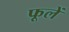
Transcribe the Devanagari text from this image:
फूलें